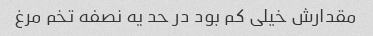
مقدارش خیلی کم بود در حد یه نصفه تخم مرغ